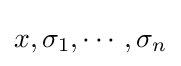
x,\sigma _{1},\cdots ,\sigma _{n}